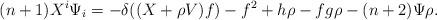
LaTeX: \begin{align*}(n+1)X^{i}\Psi_{i}=-\delta((X+\rho V)f)-f^{2}+h\rho-fg\rho-(n+2)\Psi\rho.\end{align*}